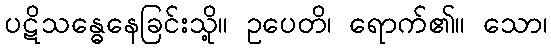
ပဋိသန္ဓေနေခြင်းသို့။ ဥပေတိ၊ ရောက်၏။ သော၊